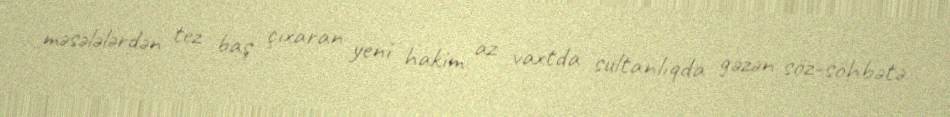
məsələlərdən tez baş çıxaran yeni hakim az vaxtda sultanlıqda gəzən söz-söhbətə